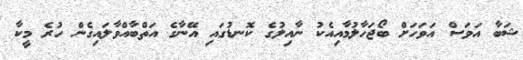
ޝަބާ އަވަސް އަވަހަށް ބޯޖަހާލުމާއިއެކު ނާއިލުގެ ކޮނޑުގައި އޭނާގެ އަތްބާއްވާލައިގެން ހުރެ މީކާ